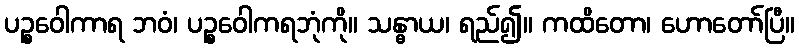
ပဉ္စဝေါကာရ ဘဝံ၊ ပဉ္စဝေါကရဘုံကို။ သန္ဓာယ၊ ရည်၍။ ကထိတော၊ ဟောတော်ပြီ။